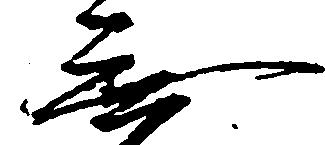
無